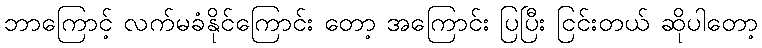
ဘာကြောင့် လက်မခံနိုင်ကြောင်း တော့ အကြောင်း ပြပြီး ငြင်းတယ် ဆိုပါတော့